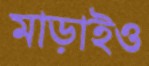
মাড়াইও